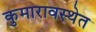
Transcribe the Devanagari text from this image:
कुमारावस्थेत